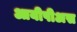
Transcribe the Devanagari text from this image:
आयीपीअस